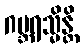
ဂဗ္ဘရသ္မိန္တိ